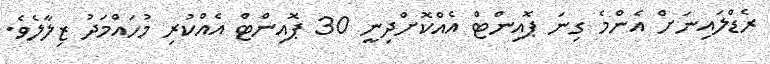
ރެޑްލައިނަށް އެންމެ ގިނަ ޕޮއިންޓް އެއްކޮށްދިނީ 30 ޕޮއިންޓް އެއްކުރި މުހައްމަދު ޒިލާލެވެ.